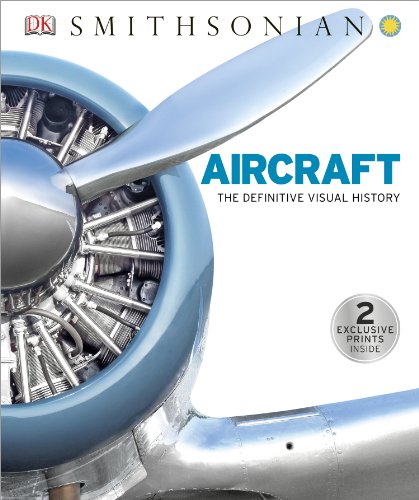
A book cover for Aircraft: The Definitive Visual History; DK Publishing; Engineering & Transportation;